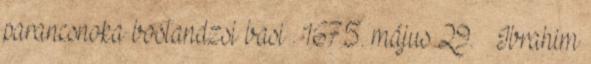
parancsnoka bostandzsi basi . 1675. május 29. – Ibrahim